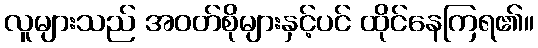
လူများသည် အဝတ်စိုများနှင့်ပင် ထိုင်နေကြရ၏။